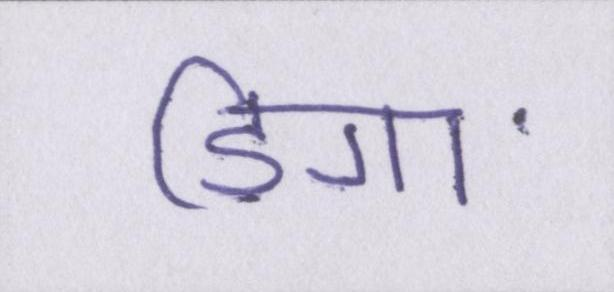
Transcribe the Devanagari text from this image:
डिगा